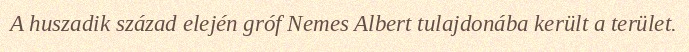
A huszadik század elején gróf Nemes Albert tulajdonába került a terület.